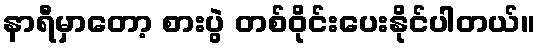
နာရီမှာတော့ စားပွဲ တစ်ဝိုင်းပေးနိုင်ပါတယ်။